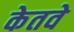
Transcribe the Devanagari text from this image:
केतवे